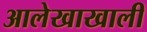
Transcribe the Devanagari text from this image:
आलेखाखाली